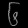
Digit: ၆